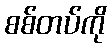
စစ်တပ်ကို